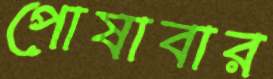
পোষাবার